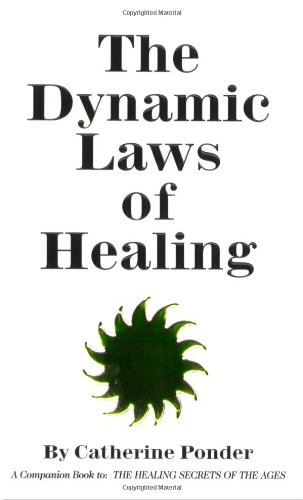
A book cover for The Dynamic Laws of Healing; Catherine Ponder; Christian Books & Bibles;